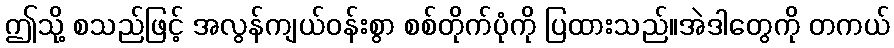
ဤသို့ စသည်ဖြင့် အလွန်ကျယ်ဝန်းစွာ စစ်တိုက်ပုံကို ပြထားသည်။အဲဒါတွေကို တကယ်